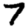
Digit: 7